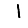
Digit: 1